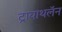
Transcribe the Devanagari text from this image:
ट्रायाथलॅन